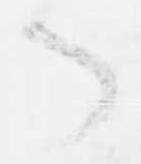
了